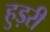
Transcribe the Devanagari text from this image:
हुड़री